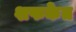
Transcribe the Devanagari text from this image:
शफकेत